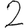
Digit: 2